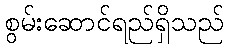
စွမ်းဆောင်ရည်ရှိသည်